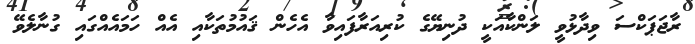
ރާޖަޕަކްސަ ވިދާޅުވީ ލަންކާއަކީ ދުނިޔޭގެ ކުރިއަރާފައިވާ އެހެން ޤައުމުތަކާއި އެއް ހަމައެއްގައި ގުނާލެވޭ